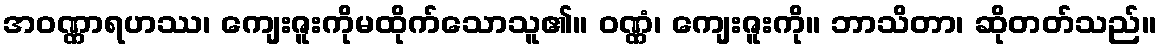
အဝဏ္ဏာရဟဿ၊ ကျေးဇူးကိုမထိုက်သောသူ၏။ ဝဏ္ဏံ၊ ကျေးဇူးကို။ ဘာသိတာ၊ ဆိုတတ်သည်။